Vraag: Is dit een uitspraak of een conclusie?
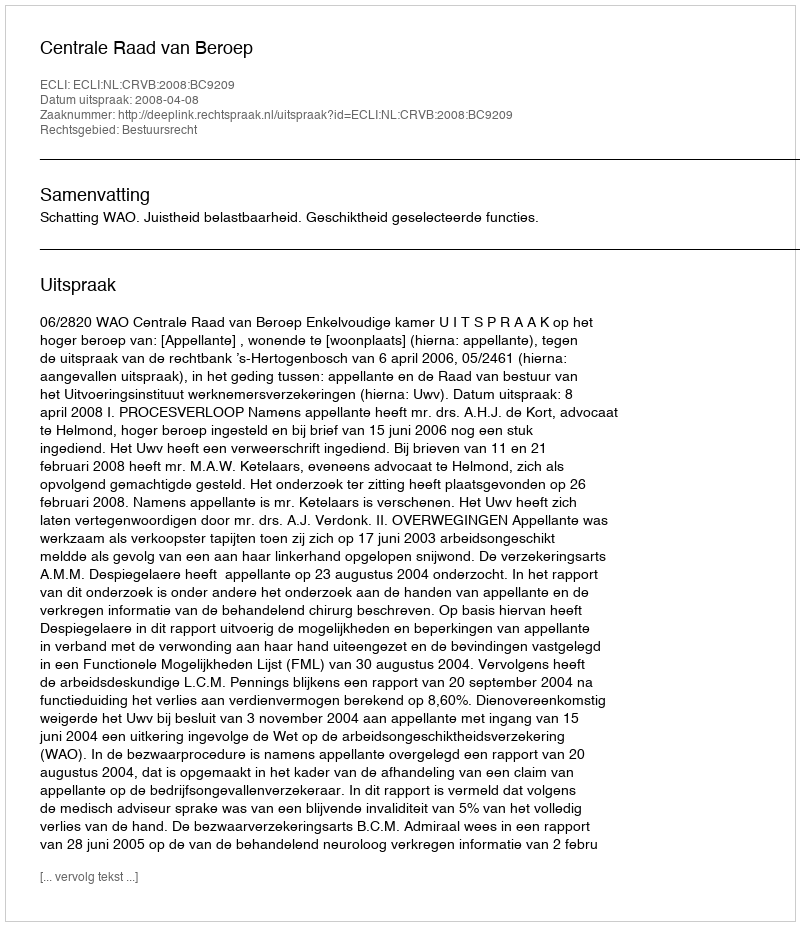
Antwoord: Uitspraak